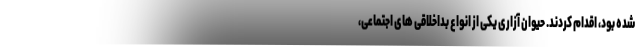
شده بود، اقدام کردند. حیوان آزاری یکی از انواع بداخلاقی های اجتماعی،